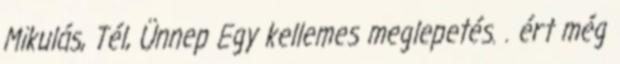
Mikulás, Tél, Ünnep Egy kellemes meglepetés. . ért még